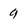
Character: 9